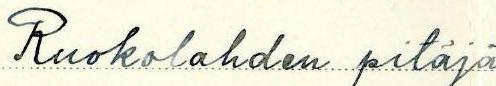
Ruokolahden pitäjä